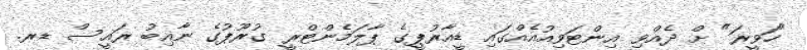
"ހަވީރަ" ށް ދެއްވި އިންޓަވިއުއެއްގައި ޑީއާރުޕީގެ ޕާލަމެންޓްރީ ގުރޫޕުގެ ނާއިބު ރައީސް ޑރ.